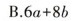
B.$$6a+8b $$